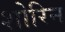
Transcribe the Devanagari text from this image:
शोरिन